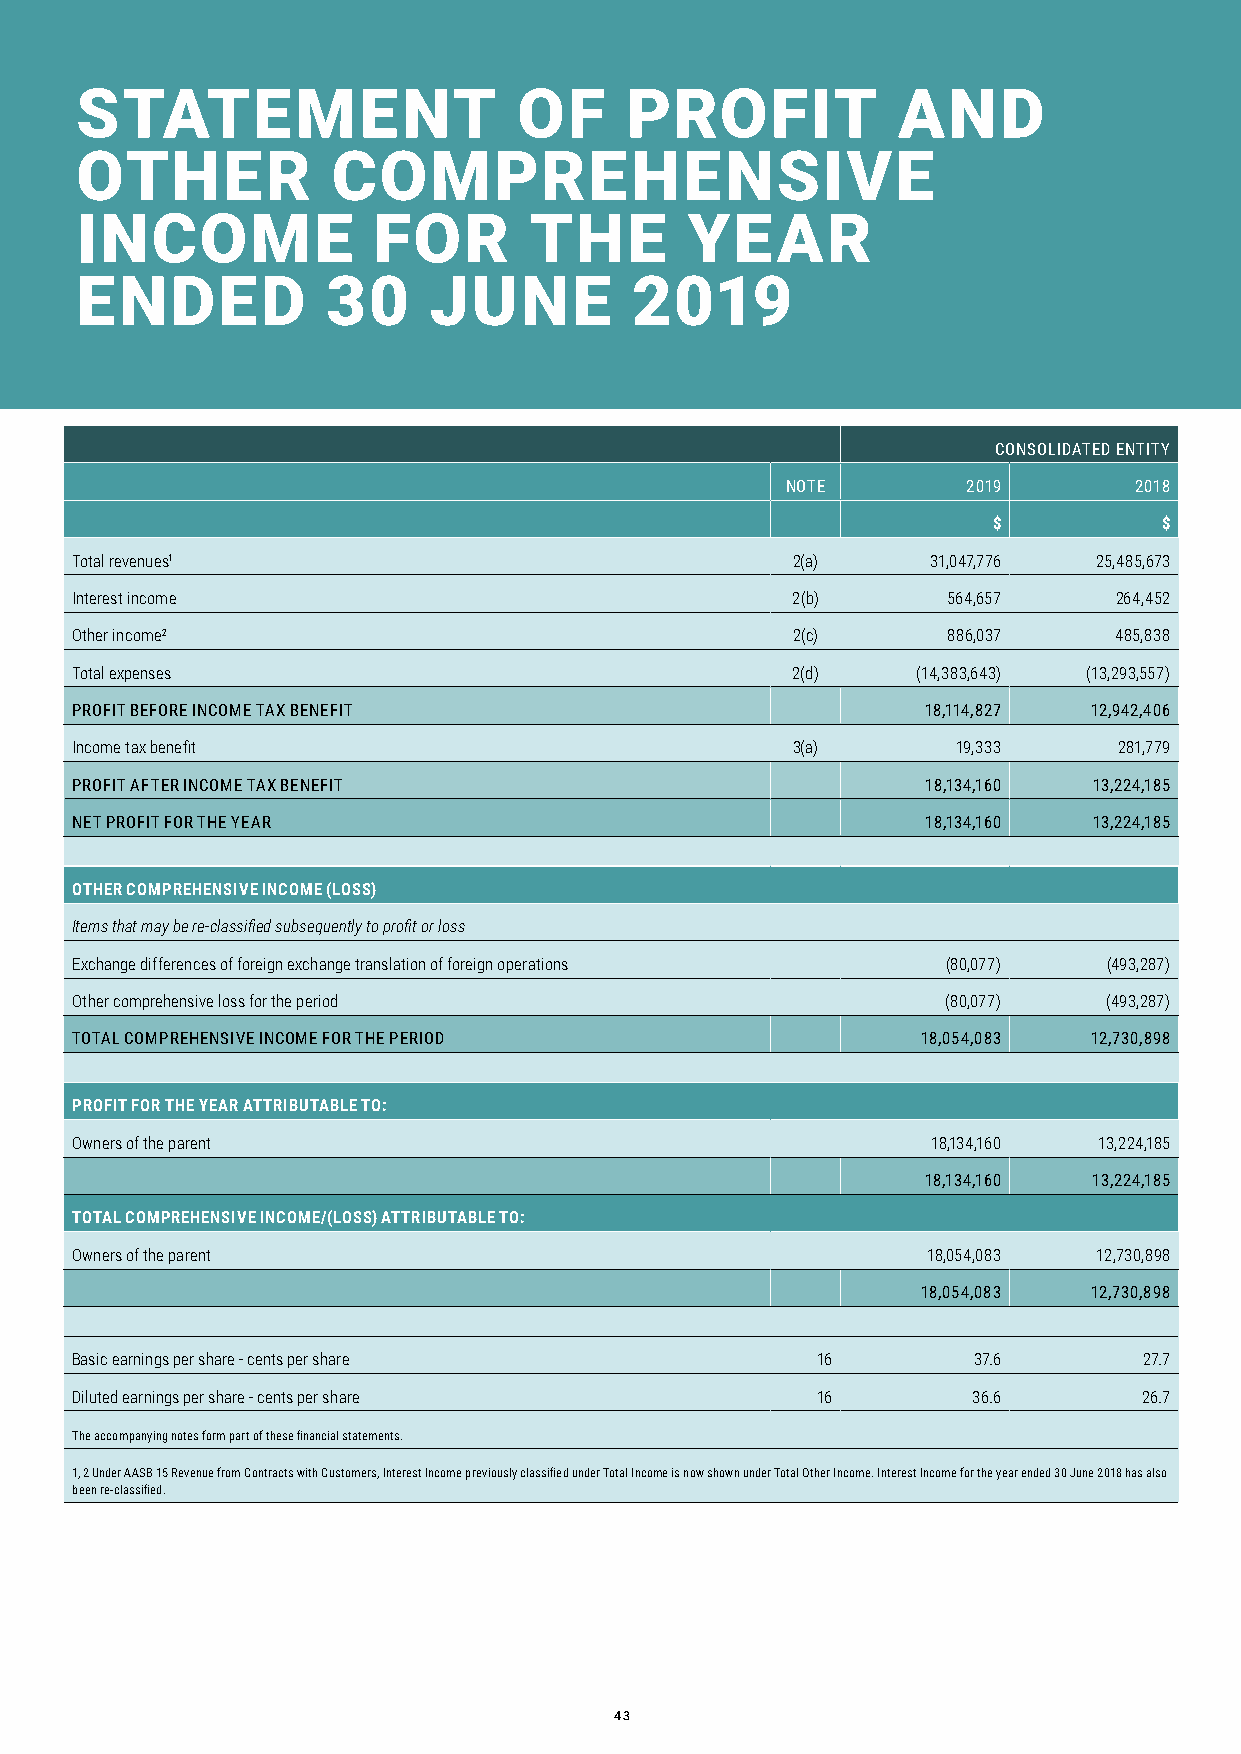
STATEMENT                    OF     PROFIT            AND
 OTHER            COMPREHENSIVE
 INCOME              FOR       THE       YEAR
 ENDED            30    JUNE          2019
 CONSOLIDATED ENTITY
 NOTE        2019       2018
 $          $
 Total revenues1                                2(a)      31,047,776 25,485,673
 Interest income                                2(b)       564,657    264,452
 Other income2                                  2(c)       886,037    485,838
 Total expenses                                 2(d)     (14,383,643) (13,293,557)
 PROFIT BEFORE INCOME TAX BENEFIT                        18,114,827 12,942,406
 Income tax benefit                             3(a)       19,333     281,779
 PROFIT AFTER INCOME TAX BENEFIT                         18,134,160 13,224,185
 NET PROFIT FOR THE YEAR                                 18,134,160 13,224,185
 OTHER COMPREHENSIVE INCOME (LOSS)
 Items that may be re-classified subsequently to profit or loss
 Exchange differences of foreign exchange translation of foreign operations (80,077) (493,287)
 Other comprehensive loss for the period                   (80,077)  (493,287)
 TOTAL COMPREHENSIVE INCOME FOR THE PERIOD               18,054,083 12,730,898
 PROFIT FOR THE YEAR ATTRIBUTABLE TO:
 Owners of the parent                                     18,134,160 13,224,185
 18,134,160 13,224,185
 TOTAL COMPREHENSIVE INCOME/(LOSS) ATTRIBUTABLE TO:
 Owners of the parent                                    18,054,083  12,730,898
 18,054,083 12,730,898
 Basic earnings per share - cents per share       16        37.6        27.7
 Diluted earnings per share - cents per share     16        36.6        26.7
 The accompanying notes form part of these financial statements.
 1, 2 Under AASB 15 Revenue from Contracts with Customers, Interest Income previously classified under Total Income is now shown under Total Other Income. Interest Income for the year ended 30 June 2018 has also
 been re-classified.
 43